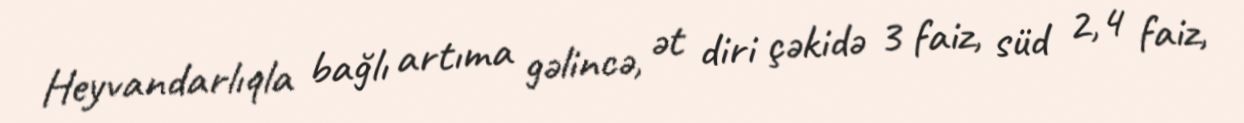
Heyvandarlıqla bağlı artıma gəlincə, ət diri çəkidə 3 faiz, süd 2,4 faiz,